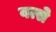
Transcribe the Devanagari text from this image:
वत्से